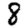
Digit: 8